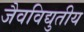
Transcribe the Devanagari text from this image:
जैवविद्युतीय